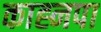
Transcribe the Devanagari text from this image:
काह्नपा